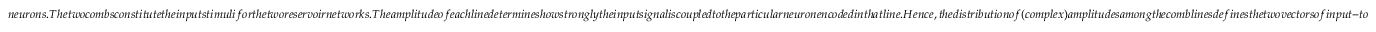
n e u r o n s . T h e t w o c o m b s c o n s t i t u t e t h e i n p u t s t i m u l i f o r t h e t w o r e s e r v o i r n e t w o r k s . T h e a m p l i t u d e o f e a c h l i n e d e t e r m i n e s h o w s t r o n g l y t h e i n p u t s i g n a l i s c o u p l e d t o t h e p a r t i c u l a r n e u r o n e n c o d e d i n t h a t l i n e . H e n c e , t h e d i s t r i b u t i o n o f ( c o m p l e x ) a m p l i t u d e s a m o n g t h e c o m b l i n e s d e f i n e s t h e t w o v e c t o r s o f i n p u t - t o - r e s e r v o i r w e i g h t s ,